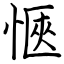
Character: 愜